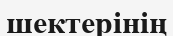
шектерінің